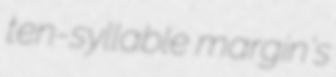
ten-syllable margin's